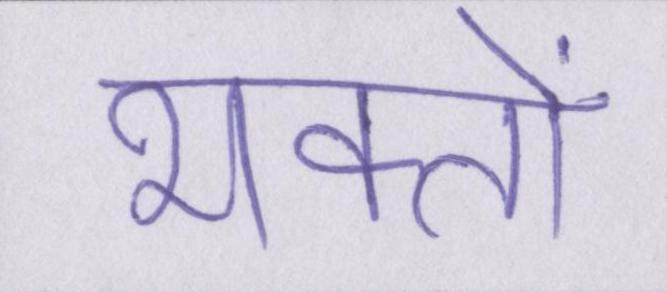
भक्तों